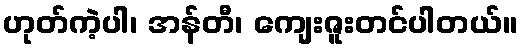
ဟုတ်ကဲ့ပါ၊ အန်တီ၊ ကျေးဇူးတင်ပါတယ်။